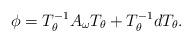
LaTeX: \begin{align*} \phi=T_{\theta}^{-1} A_{\omega} T_{\theta}+T_{\theta}^{-1}d T_{\theta}.\end{align*}